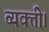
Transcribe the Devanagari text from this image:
व्यक्ती।